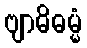
ဗျာဓိဓမ္မံ